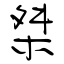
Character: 桀